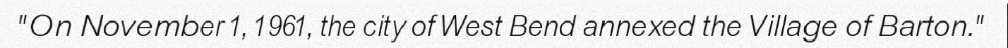
"On November 1, 1961, the city of West Bend annexed the Village of Barton."